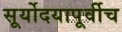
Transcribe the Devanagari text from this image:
सूर्योदयापूर्वीच